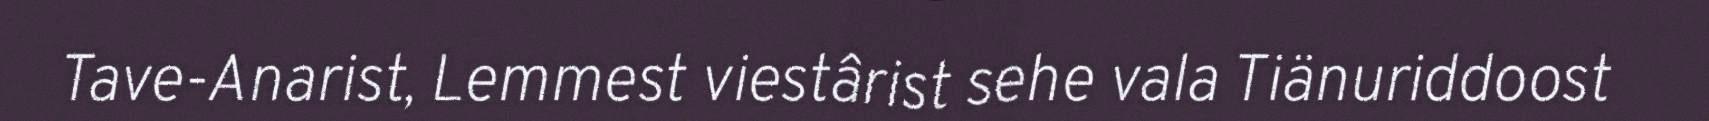
Tave-Anarist, Lemmest viestârist sehe vala Tiänuriddoost